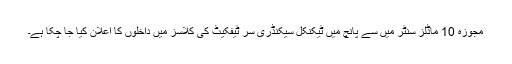
مجوزہ 10 ماڈلز سنٹر میں سے پانچ میں ٹیکنکل سیکنڈری سر ٹیفکیٹ کی کلاسز میں داخلوں کا اعلان کیا جا چکا ہے۔